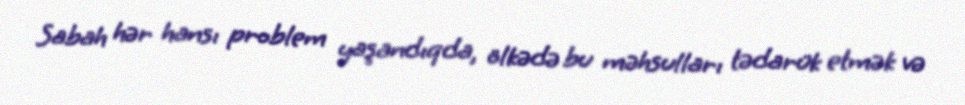
Sabah hər hansı problem yaşandıqda, ölkədə bu məhsulları tədarük etmək və